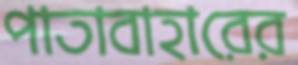
পাতাবাহারের